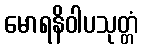
မောရနိဝါပသုတ္တံ